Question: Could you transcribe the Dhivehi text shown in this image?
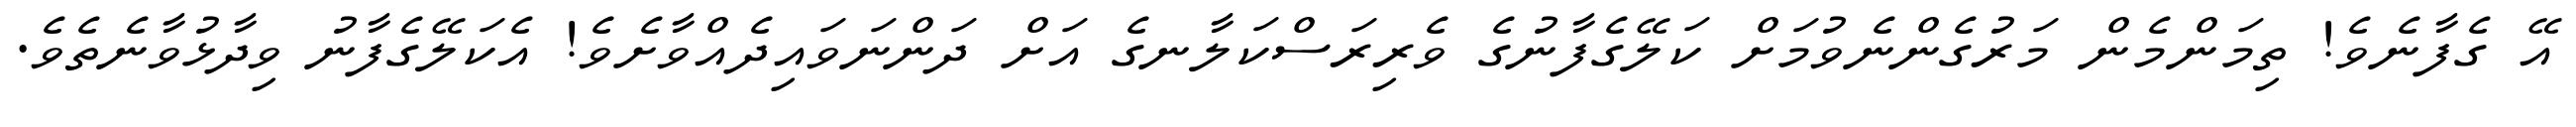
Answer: އޭ ގެފާނެވެ! ތިމަންމެން މަރުގެންނެވުމަށް ކަލޭގެފާނުގެ ވެރިރަސްކަލާނގެ އަށް ދަންނަވައިދެއްވާށެވެ! އެކަލޭގެފާނު ވިދާޅުވާނެތެވެ.